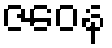
ဇဝေန